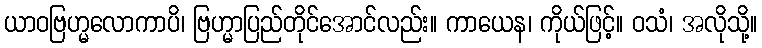
ယာဝဗြဟ္မလောကာပိ၊ ဗြဟ္မာပြည်တိုင်အောင်လည်း။ ကာယေန၊ ကိုယ်ဖြင့်။ ဝသံ၊ အလိုသို့။